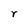
Character: r